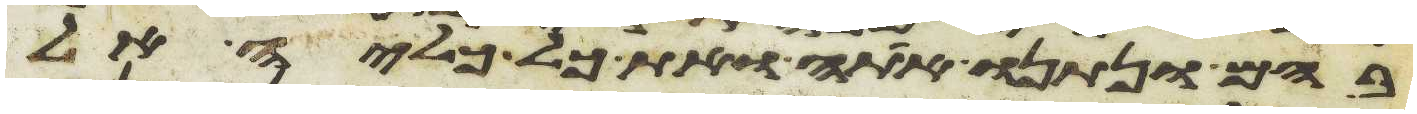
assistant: בהם ונתנו אתה ואת כל כליה אל